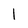
Character: I